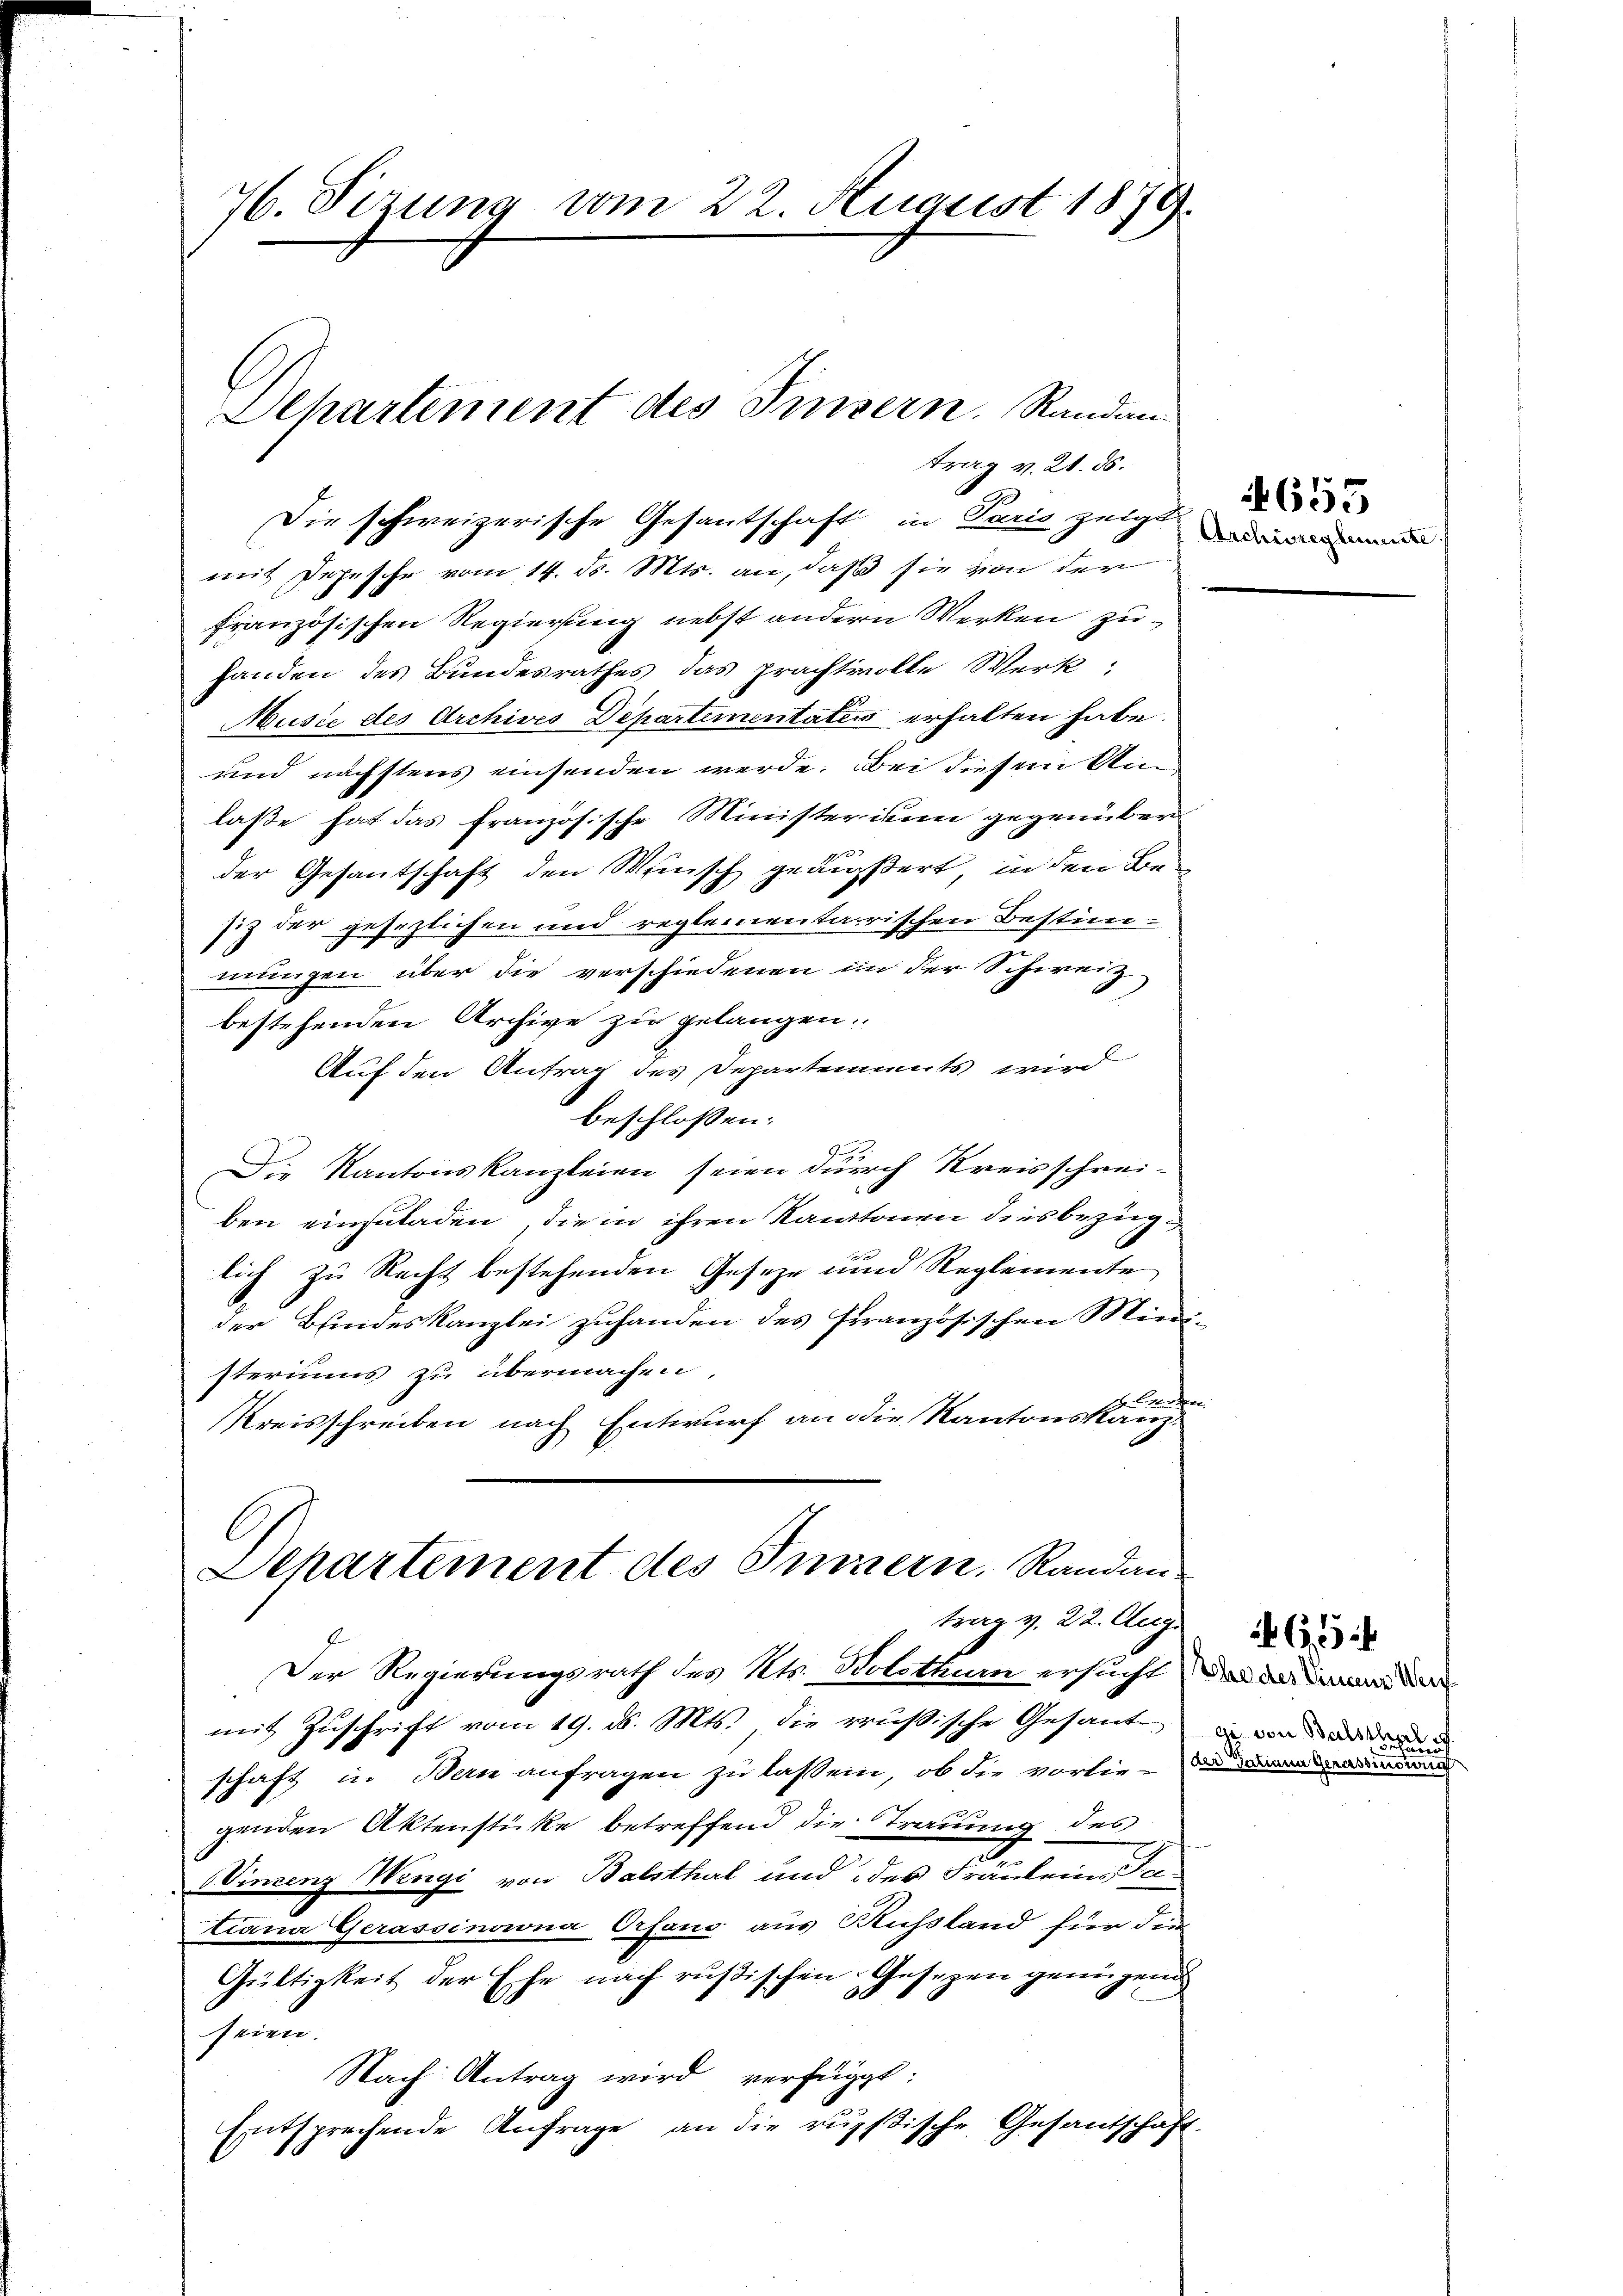
76. Sizung vom 22. August 1879.
Dehartement des Insern. Randan¬

mit Depesche vom 14. d. Mts. an, daß sie von der
französischen Regierung nebst andern Werken zuhanden des Bundesrathes das prachtvolle Werk,
Music des Archives Departementates erhalten habe.
und nächstens einsenden werde. Bei diesem Am
laße hat das französische Ministerium gegenüber
der Gesantschaft den Wunsch geäußert, in den Be-
siz der gesezlichen und reglementarischen Bestim-
mungen über die verschiedenen in der Schweiz
bestehenden Archive zu gelangen.
Auf den Antrag des Departements wird
beschlossen:
Die Kantonskanzleien seien durch Kreisschreiben einzuladen, die in ihren Kantonen diesbezüglich zu Recht bestehenden Geseze und Reglemente
der Bindeskanzlei zuhanden des Französischen Minsteriums zu übermachen,
f
Kreisschreiben nach Entwurf an die Kantonskanz¬
Departement des Innern. Randantrag v. 22. Aug.
Der Regierungsrath des Kts. Solothurn ersucht, da da man der
mit Zŭschrift vom 19. d. Mts., die reußische Gesant
schaft in Bern anfragen zu lassen, ob die vorlie-
genden Aktenstücke betreffend die Trauung des
Vincenz Wengi von Balsthal und des Fräulein a
tiana Gerassinona Orfons aus Russland für die
Gültigkeit der Ehe nach rußischen Gesezen genügend
seien.
Nach Antrag wird verfügt:
Entsprechende Anfrage an die russische Gesandschaft

trag v. 21. ds.
Die schweizerische Gesantschaft in Paris zeigt

Archivreglemente

4655

ge von Balstheils

65